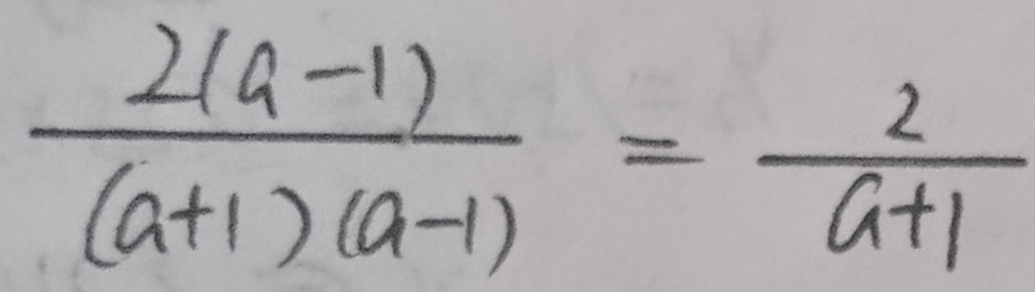
\frac { 2 ( a - 1 ) } { ( a + 1 ) ( a - 1 ) } = \frac { 2 } { a + 1 }